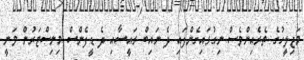
މަޖިލީހުގެ ތެރެއިންވެސް ނިގުޅައިގެންފައި ދެ ނައިބް ރައީސާއި ދެ ޑީފެންސް މިނިސްޓަރުން ވަނީ